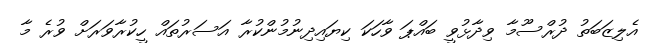
އެލިޒަބަތު ދުރްސޫމާ ވިދާޅުވީ ބައްޕަ ވާހަކަ ކިޔައިދިނުމުންކުރާ އަސަރުތައް ހީކުރާވަރަށް ވުރެ މާ